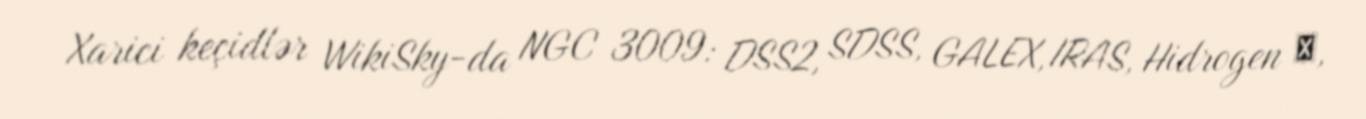
Xarici keçidlər WikiSky-da NGC 3009: DSS2, SDSS, GALEX, IRAS, Hidrogen α,